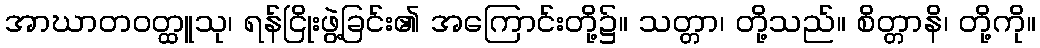
အာဃာတဝတ္ထူသု၊ ရန်ငြိုးဖွဲ့ခြင်း၏ အကြောင်းတို့၌။ သတ္တာ၊ တို့သည်။ စိတ္တာနိ၊ တို့ကို။